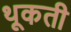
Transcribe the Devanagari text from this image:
थूकती